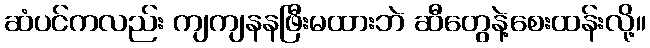
ဆံပင်ကလည်း ကျကျနနဖြီးမထားဘဲ ဆီတွေနဲ့စေးထန်းလို့။